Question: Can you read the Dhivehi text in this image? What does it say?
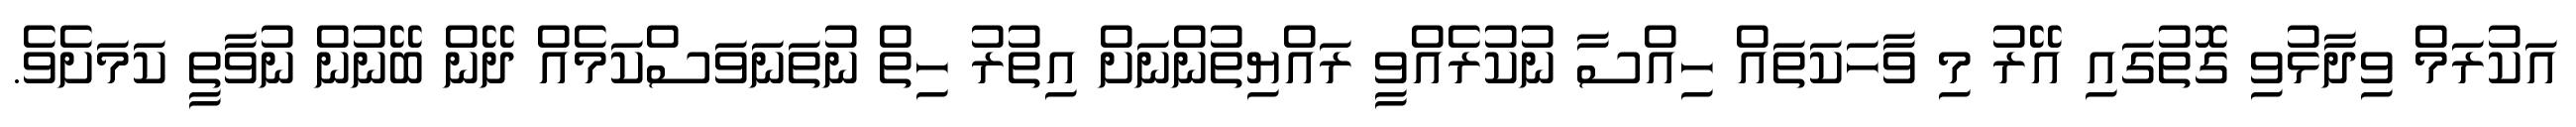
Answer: އަކުރަމް ވިދާޅުވި ގޮތުގައި އޭރު މި ވާހަކަތައް ހިއްސާ ނުކުރެއްވީ ރައްޔިތުންނަށް އިތުރު ހިތް ނުތަނަވަސްކަމެއް ދޭން ބޭނުން ނުވާތީ ކަމަށެވެ.